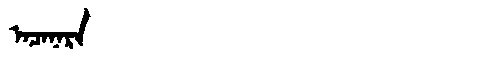
Manchu: ᠠᠴᠠᠨᠠᡵᠠ
Romanization: ACANARA